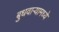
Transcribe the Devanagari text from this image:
बुधवार्‍यामध्ये